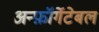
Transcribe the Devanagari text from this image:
अन्फ़ॉर्गेटेबल